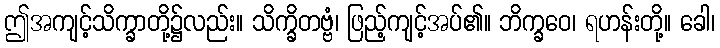
ဤအကျင့်သိက္ခာတို့၌လည်း။ သိက္ခိတဗ္ဗံ၊ ဖြည့်ကျင့်အပ်၏။ ဘိက္ခဝေ၊ ရဟန်းတို့။ ခေါ၊